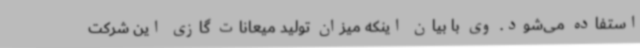
استفاده می‌شود. وی با بیان اینکه میزان تولید میعانات گازی این شرکت